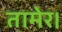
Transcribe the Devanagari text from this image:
तामेर।